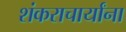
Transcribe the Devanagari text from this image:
शंकराचार्यांना